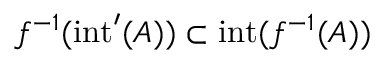
f ^ { - 1 } ( \operatorname { i n t } ^ { \prime } ( A ) ) \subset \operatorname { i n t } ( f ^ { - 1 } ( A ) )